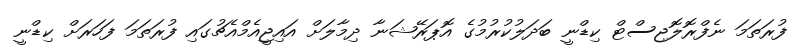
ފުރަތަމަ ނެފްރޮލޮޖިސްޓް ކިޑްނީ ބަދަލުކުރުމުގެ އޮޕަރޭޝަނާ ދިމާލަށް އައިޖީއެމްއެޗުގައި ފުރަތަމަ ފަހަރަށް ކިޑްނީ